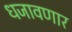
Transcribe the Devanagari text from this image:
धजावणार